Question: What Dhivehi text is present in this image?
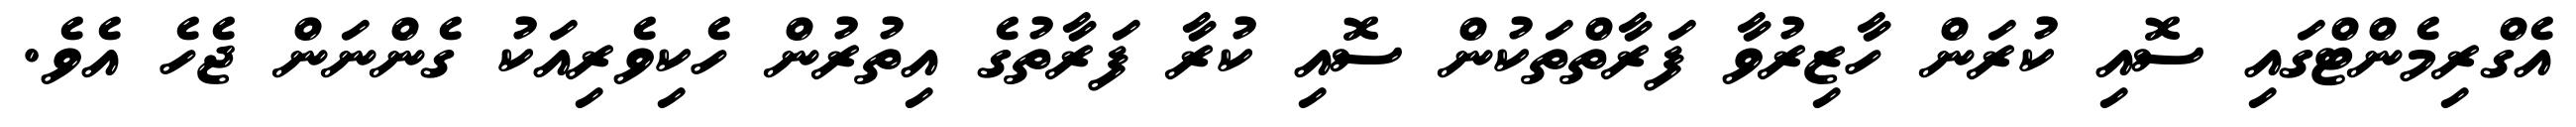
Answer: އެގްރިމެންޓްގައި ސޮއި ކުރަން ހާޒިރުވާ ފަރާތްތަކުން ސޮއި ކުރާ ފަރާތުގެ އިތުރުން ހެކިވެރިއަކު ގެންނަން ޖެހެ އެވެ.